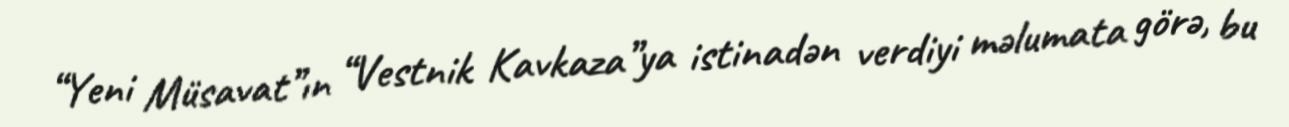
“Yeni Müsavat”ın “Vestnik Kavkaza”ya istinadən verdiyi məlumata görə, bu